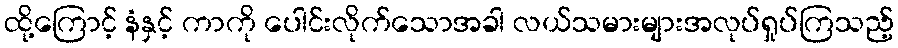
ထို့ကြောင့် နံနှင့် ကာကို ပေါင်းလိုက်သောအခါ လယ်သမားများအလုပ်ရှုပ်ကြသည့်